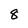
Character: 8